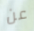
عن